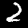
Digit: 2